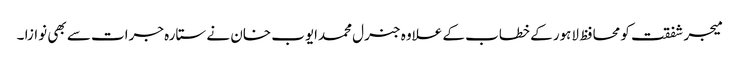
میجر شفقت کو محافظ لاہور کے خطاب کے علاوہ جنرل محمدایوب خان نے ستارہ جرات سے بھی نوازا ۔